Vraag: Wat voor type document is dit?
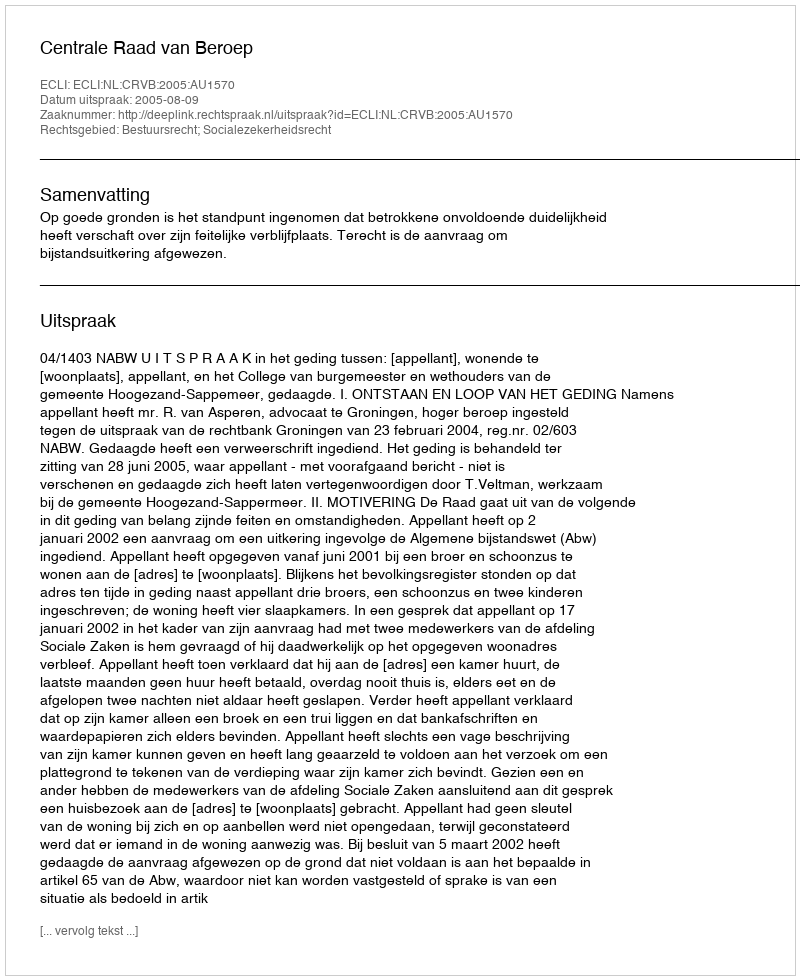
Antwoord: Uitspraak